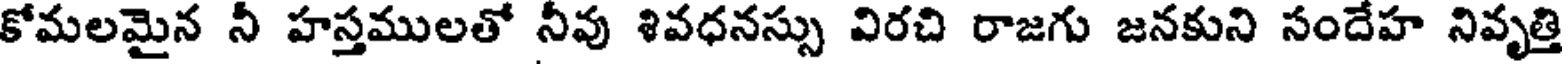
కోమలమైన నీ హస్తములతో నీవు శివధనస్సు విరచి రాజగు జనకుని సందేహ నివృత్తి